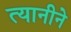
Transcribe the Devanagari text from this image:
त्यानीने